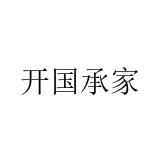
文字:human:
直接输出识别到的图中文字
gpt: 开国承家